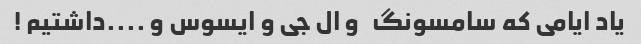
یاد ایامی که سامسونگ   و ال جی و ایسوس و ....داشتیم !